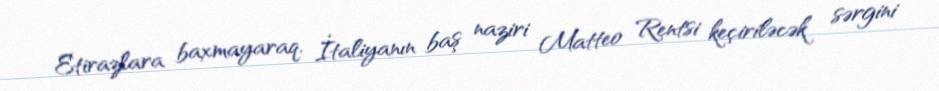
Etirazlara baxmayaraq, İtaliyanın baş naziri Matteo Rentsi keçiriləcək sərgini